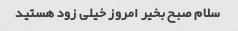
سلام صبح بخیر امروز خیلی زود هستید